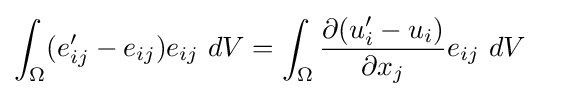
{\begin{aligned}\int _{\Omega }(e_{ij}'-e_{ij})e_{ij}\ dV&=\int _{\Omega }{\frac {\partial (u_{i}'-u_{i})}{\partial x_{j}}}e_{ij}\ dV\end{aligned}}